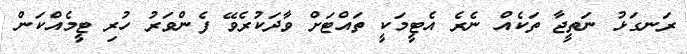
ރަނގަޅު ނަތީޖާ ތަކެއް ނެރެ އެޓީމަކީ ތައްޓަށް ވާދަކުރެވޭ ފެންވަރު ހުރި ޓީމެއްކަން